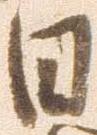
日